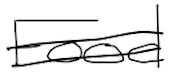
Text: Food
Cross-out: double-line
Writing tool: digital_black